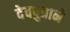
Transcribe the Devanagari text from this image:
देवपुत्राने